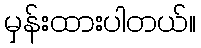
မှန်းထားပါတယ်။